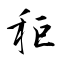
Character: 秬